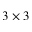
3 \times 3